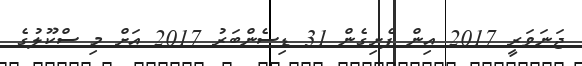
ޖަނަވަރީ 2017 އިން ފެށިގެން 31 ޑިސެންބަރު 2017 އަށް މި ސްކޫލުގެ